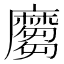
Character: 𪎪